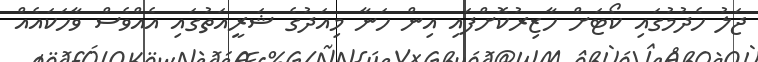
ޖަލު ހެދުމުގައި ކޯޓަށް ހާޒިރުކޮށްފައި އިން ހަނާ މިއަދުގެ ޝަރީއަތުގައި އެއްވެސް ވާހަކައެއް